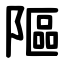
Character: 䧢